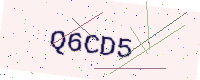
Text: Q6CD5